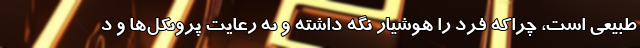
طبیعی است، چراکه فرد را هوشیار نگه داشته و به رعایت پروتکل‌ها و د